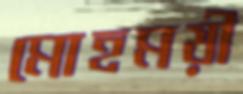
মোহময়ী